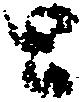
と